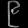
Digit: ၉